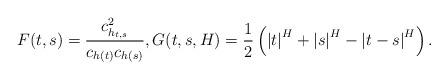
LaTeX: \begin{align*}F(t,s) = \frac{ c^2_{h_{t,s}}}{c_{h(t)}c_{h(s)}}, G(t,s, H) = \frac{1}{2} \left( {|t|}^{H} + {|s|}^{H} - {|t-s|}^{H} \right).\end{align*}